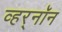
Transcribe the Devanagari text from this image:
व्हर्‌नॉन